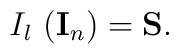
I_l\,\left( {\bf I}_n\right) ={\bf S.}